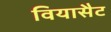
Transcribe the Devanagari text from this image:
वियासैट